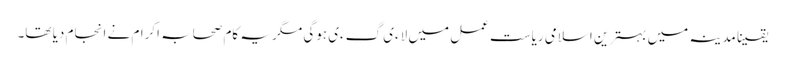
یقینا مدینہ میں بہترین اسلامی ریاست عمل میں لاءی گءی ہوگی مگر یہ کام صحابہ اکرام نے انجام دیا تھا۔